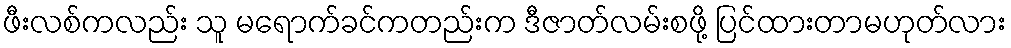
ဖီးလစ်ကလည်း သူ မရောက်ခင်ကတည်းက ဒီဇာတ်လမ်းစဖို့ ပြင်ထားတာမဟုတ်လား